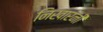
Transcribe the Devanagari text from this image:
निखारनी